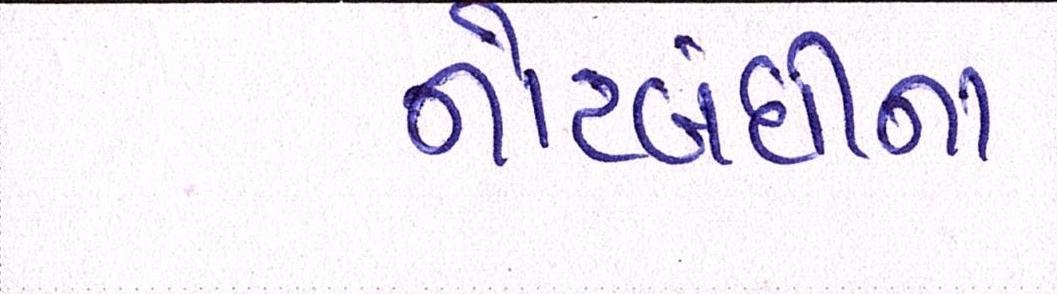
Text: નોટબંધીના